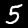
Label: 5